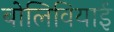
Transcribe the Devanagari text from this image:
बोलिवियाई